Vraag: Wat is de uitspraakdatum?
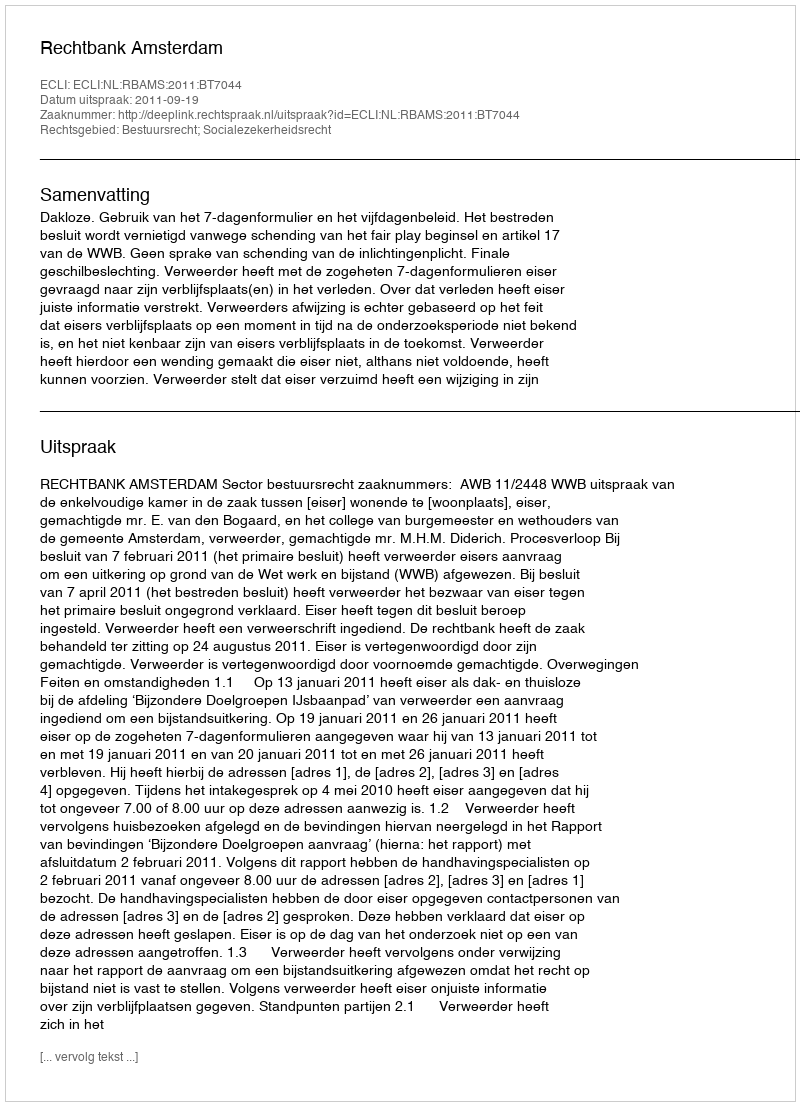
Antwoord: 2011-09-19